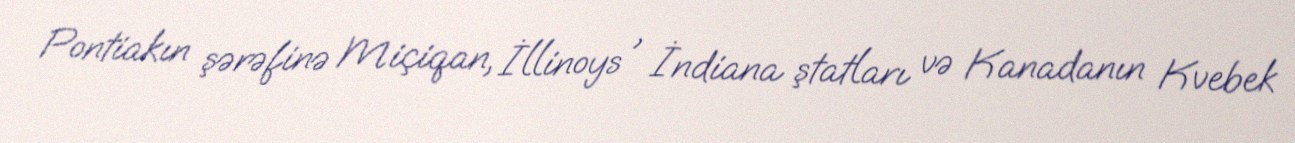
Pontiakın şərəfinə Miçiqan, İllinoys , İndiana ştatları və Kanadanın Kvebek